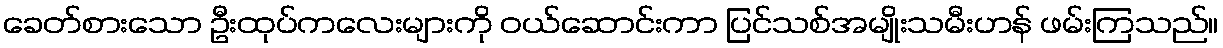
ခေတ်စားသော ဦးထုပ်ကလေးများကို ဝယ်ဆောင်းကာ ပြင်သစ်အမျိုးသမီးဟန် ဖမ်းကြသည်။